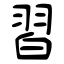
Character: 習